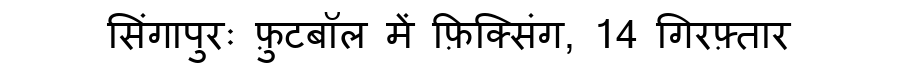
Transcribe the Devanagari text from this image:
सिंगापुरः फ़ुटबॉल में फ़िक्सिंग, 14 गिरफ़्तार